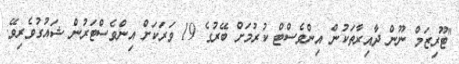
"ޓޫރިޒަމް ނޫން ދާއިރާތަކުން އިންވެސްޓް ކުރުމަށް ބޭރުގެ 19 ވަރަކަށް އިންވެސްޓަރުން ޝައުގުވެރިވޭ.